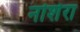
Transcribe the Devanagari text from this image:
नोशेरा